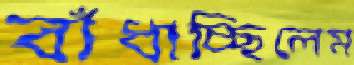
বাঁধাচ্ছিলেম